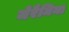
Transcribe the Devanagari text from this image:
जेरैमिया